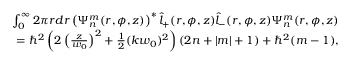
\begin{array} { r l r } & { } & { \int _ { 0 } ^ { \infty } 2 \pi r d r \left( \Psi _ { n } ^ { m } ( r , \phi , z ) \right) ^ { * } \hat { l } _ { + } ( r , \phi , z ) \hat { l } _ { - } ( r , \phi , z ) \Psi _ { n } ^ { m } ( r , \phi , z ) } \\ & { } & { = \hbar ^ { 2 } \left( 2 \left( \frac { z } { w _ { 0 } } \right) ^ { 2 } + \frac { 1 } { 2 } ( k w _ { 0 } ) ^ { 2 } \right) ( 2 n + | m | + 1 ) + \hbar ^ { 2 } ( m - 1 ) , } \end{array}